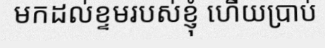
មកដល់ខ្ទមរបស់ខ្ញុំ ហើយប្រាប់